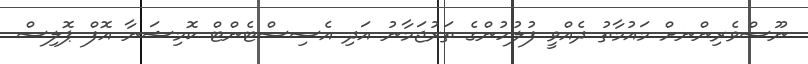
ނޫސްވެރިންނށް މައުމާތު ދެއްވީ ފުލުހުންގެ ތަރުޖަމާނު އަދި އެސިސްޓެންޓް ކޮމިޝަނާ އޮފް ޕޮލިސް